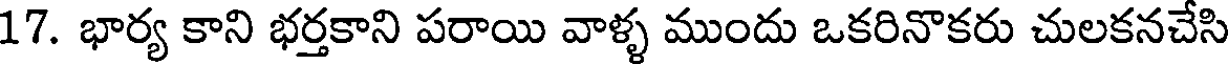
17. భార్య కాని భర్తకాని పరాయి వాళ్ళ ముందు ఒకరినొకరు చులకనచేసి